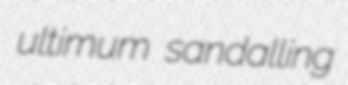
ultimum sandalling